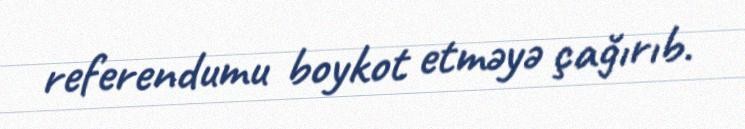
referendumu boykot etməyə çağırıb.